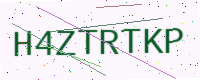
Text: H4ZTRTKP